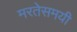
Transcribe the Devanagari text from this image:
मरतेसमयी